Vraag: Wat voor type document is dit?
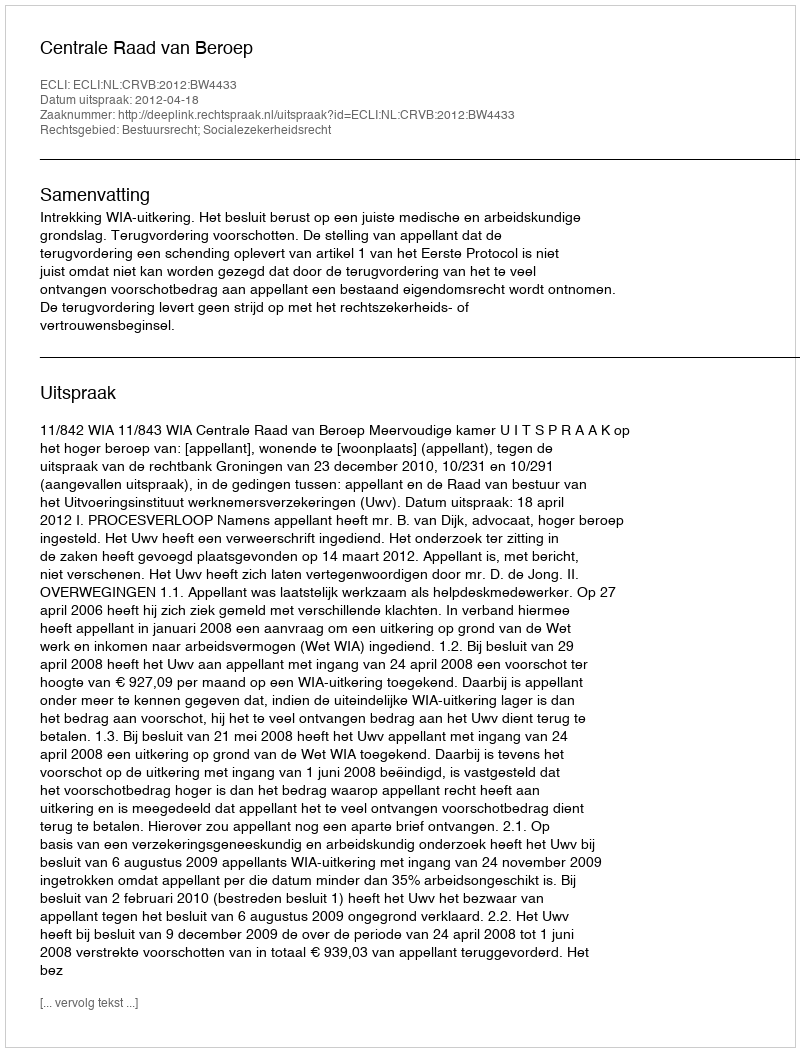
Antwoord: Uitspraak